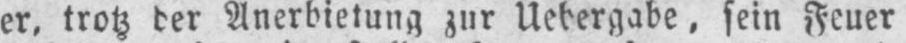
sein Feuer